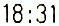
18:31